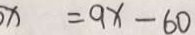
x = 9 x - 6 0